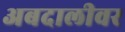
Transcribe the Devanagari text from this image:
अबदालीवर